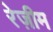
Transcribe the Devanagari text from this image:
रेज़ीम